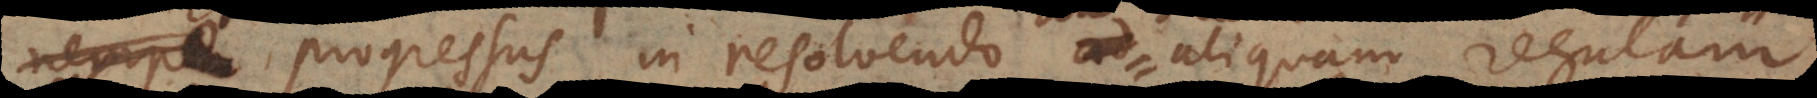
progressus in resolvendo ad aliquam regulam